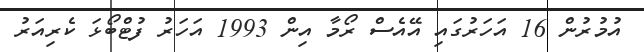
އުމުރުން 16 އަހަރުގައި އޭއެސް ރޯމާ އިން 1993 އަހަރު ފުޓްބޯޅަ ކެރިއަރު